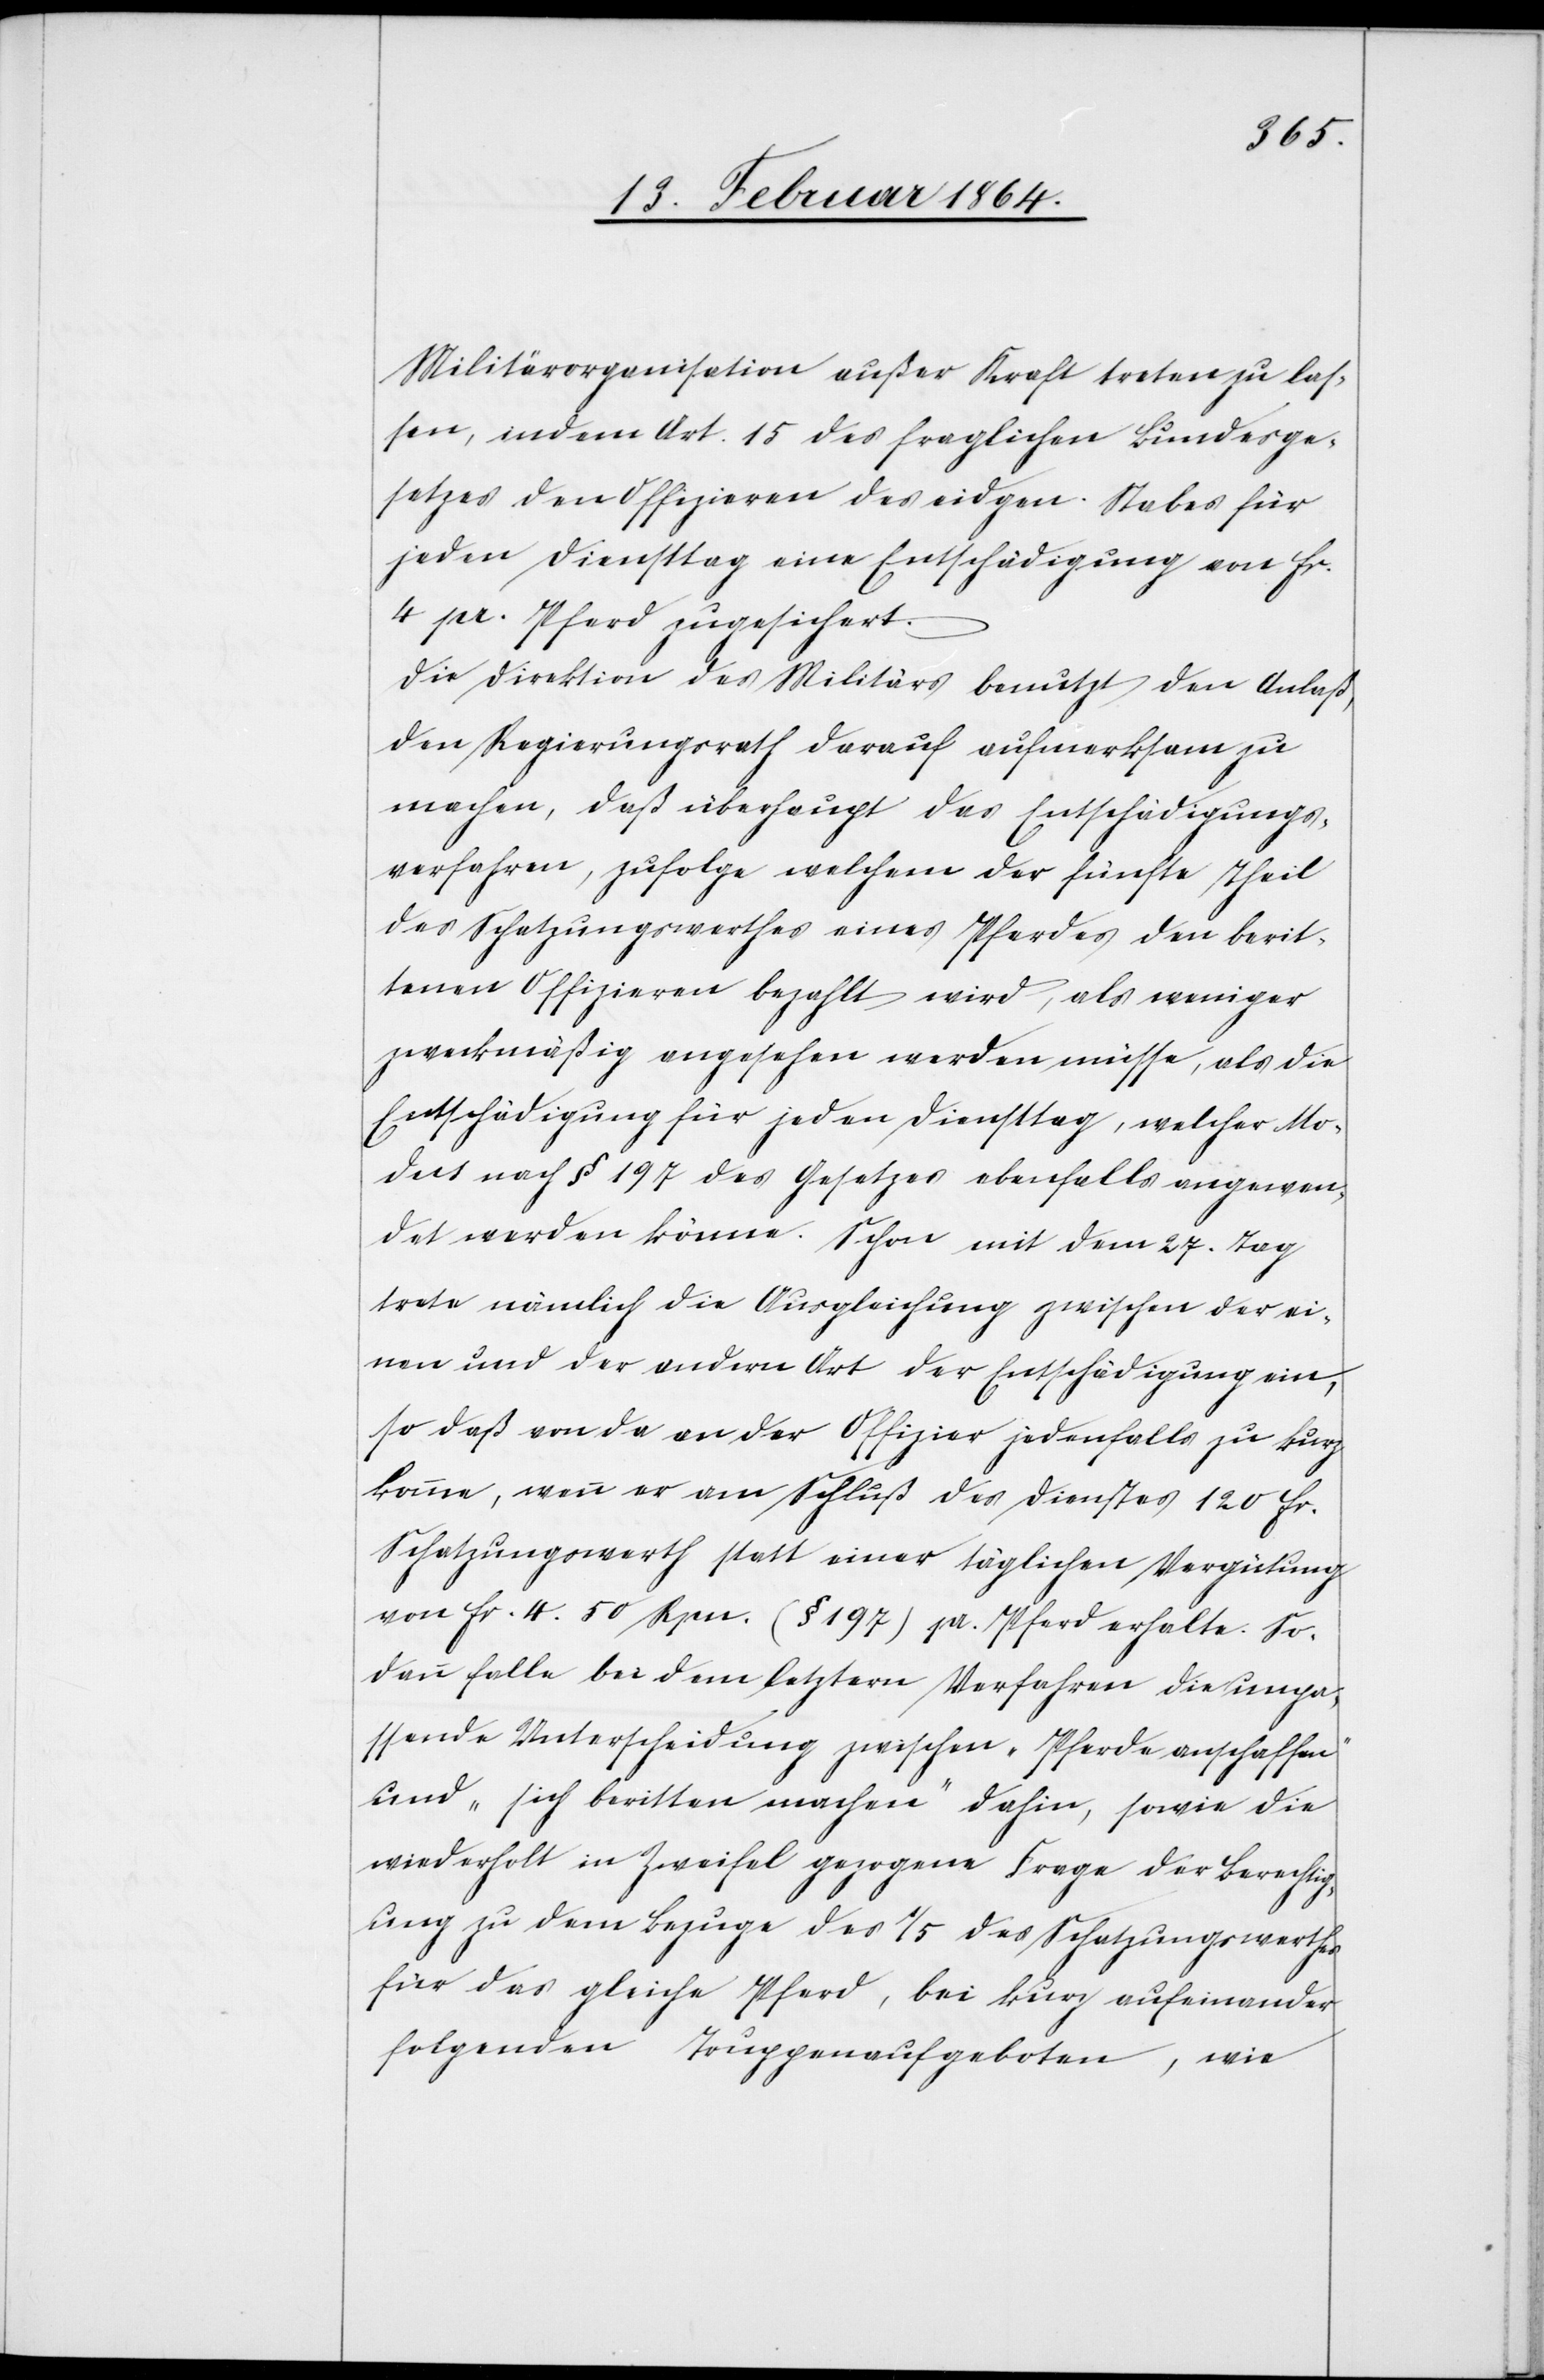
Militärorganisation außer Kraft treten zu las¬
sen, indem Art. 15 des fraglichen Bundesge¬
setzes den Offizieren des eidgen. Stabes für
jeden Diensttag eine Entschädigung von fr.
4 pr. Pferd zugesichert.
Die Direktion des Militärs benutzt den Anlaß,
den Regierungsrath darauf aufmerksam zu
machen, daß überhaupt das Entschädigungs¬
verfahren, zufolge welchem der fünfte Theil
des Schatzungswerthes eines Pferdes den berit¬
tenen Offizieren bezahlt wird, als weniger
zweckmäßig angesehen werden müsse, als die
Entschädigung für jeden Diensttag, welcher Mo¬
dus nach § 197 des Gesetzes ebenfalls angewen¬
det werden könne. Schon mit dem 27. Tag
trete nämlich die Ausgleichung zwischen der ei¬
nen und der anderen Art der Entschädigung ein,
so daß von da an der Offizier jedenfalls zu kurz
komme, wenn er am Schluß des Dienstes 120 fr.
Schatzungswerth statt einer täglichen Vergütung
von fr. 4. 50 Rpn. (§ 197) pr. Pferd erhalte. So¬
dann falle bei dem letztern Verfahren die unpa¬
ssende Unterscheidung zwischen „Pferde anschaffen“
und „sich beritten machen“ dahin, sowie die
wiederholt in Zweifel gezogene Frage der Berechtig¬
ung zu dem Bezuge des 1/5 des Schatzungswerthes
für das gleiche Pferd, bei kurz aufeinander
folgenden Truppenaufgeboten, wie